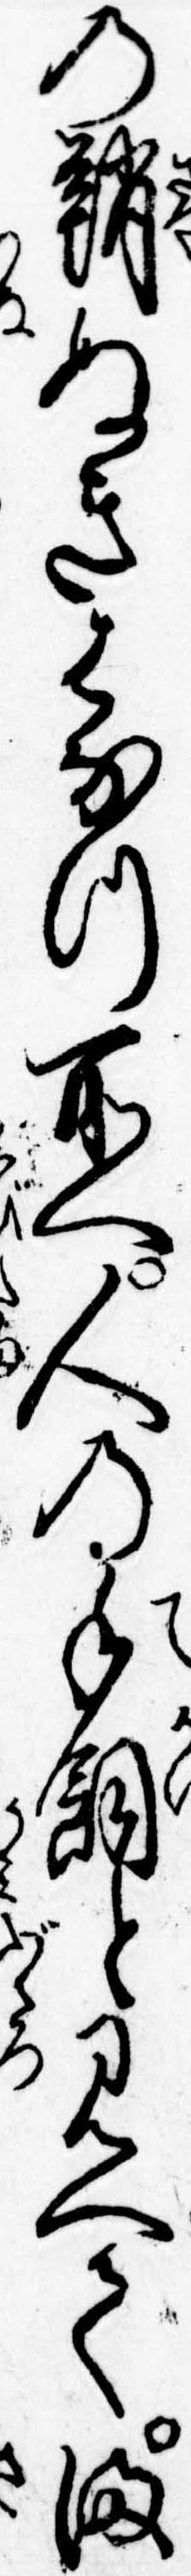
の鞘ぬきはなつ所へ人の手飼と見へてま